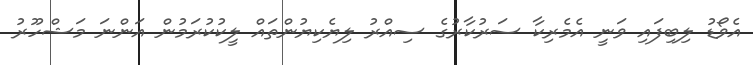
އެވޯޑު ލިބިފައި ވަނީ އެމެރިކާ ސަރުކާރުގެ ސިއްރު ލިޔެކިޔުންތައް ލީކުކުރަމުން އަންނަ މަޝްހޫރު